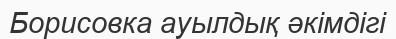
Борисовка ауылдық әкімдігі